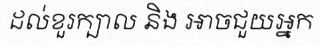
ដល់ខួរក្បាល និង អាចជួយអ្នក